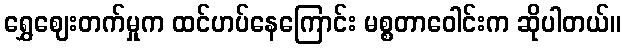
ရွှေဈေးတက်မှုက ထင်ဟပ်နေကြောင်း မစ္စတာဝေါင်းက ဆိုပါတယ်။